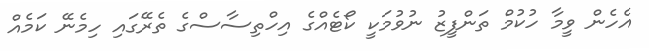
އެހެން ވީމާ ހުކުމް ތަންފީޒު ނުވުމަކީ ކޯޓެއްގެ އިހްތިސާސްގެ ތެރޭގައި ހިމެނޭ ކަމެއް